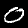
Digit: 0